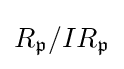
R_{\mathfrak {p}}/IR_{\mathfrak {p}}